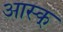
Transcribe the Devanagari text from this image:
आस्क्